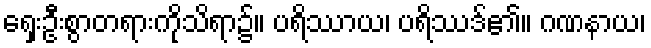
ရှေးဦးစွာတရားကိုသိရာ၌။ ပရိဿာယ၊ ပရိဿဒ်၏။ ဂဏနာယ၊